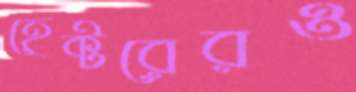
হেক্টরেরও